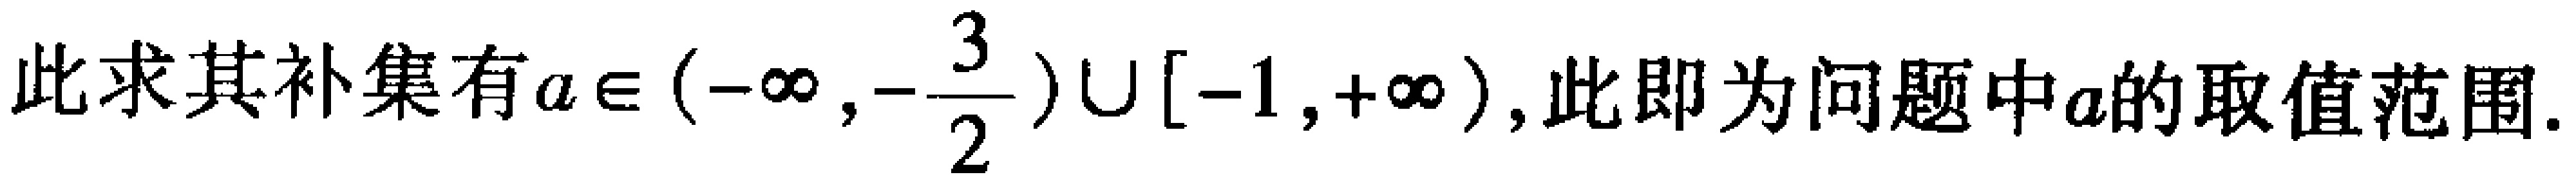
此求其补集有\(a\in (-\infty,-\frac{3}{2})\cup [-1,+\infty)\)，此即为问题中\(a\)的取值范围.